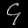
Digit: ၄